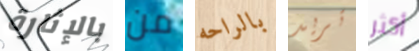
بالإثارة من بالراحه تريد أكثر